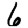
Digit: 6